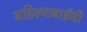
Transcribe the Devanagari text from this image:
अहिल्याबाईंची